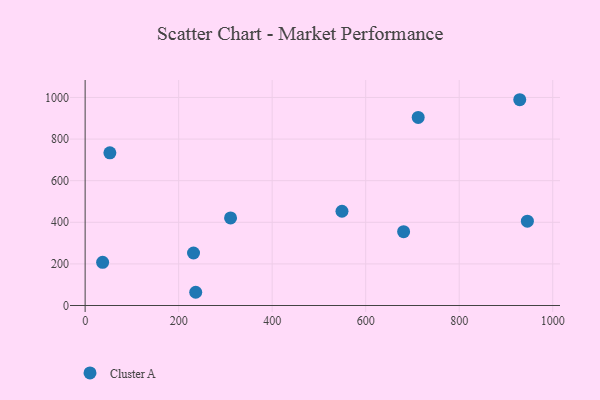
{"axis": {"x": "Study Hours", "y": "Sales"}, "legend": ["Cluster A"], "data": [{"x": "929.5", "y": 989.1, "type": "Cluster A"}, {"x": "945.8", "y": 405.4, "type": "Cluster A"}, {"x": "311.0", "y": 421.2, "type": "Cluster A"}, {"x": "37.4", "y": 207.5, "type": "Cluster A"}, {"x": "549.3", "y": 453.1, "type": "Cluster A"}, {"x": "52.9", "y": 734.0, "type": "Cluster A"}, {"x": "236.5", "y": 63.6, "type": "Cluster A"}, {"x": "681.1", "y": 354.7, "type": "Cluster A"}, {"x": "712.3", "y": 904.1, "type": "Cluster A"}, {"x": "231.8", "y": 252.4, "type": "Cluster A"}]}